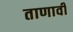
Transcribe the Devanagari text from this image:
ताणावी